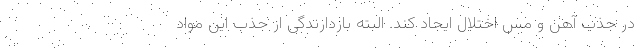
در جذب آهن و مس اختلال ایجاد کند. البته بازدارندگی از جذب این مواد